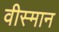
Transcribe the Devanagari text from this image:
वीस्मान